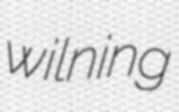
wilning